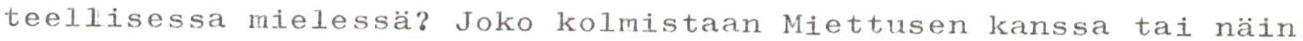
teellisessa mielessä? Joko kolmistaan Miettusen kanssa tai näin